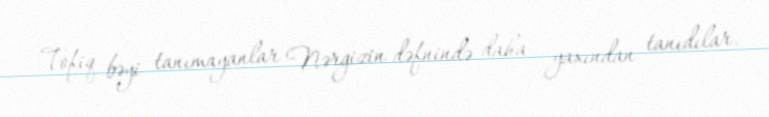
Tofiq bəyi tanımayanlar Nərgizin dəfnində daha yaxından tanıdılar.